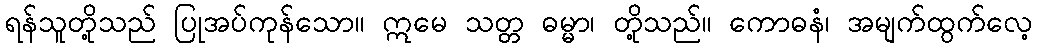
ရန်သူတို့သည် ပြုအပ်ကုန်သော။ ဣမေ သတ္တ ဓမ္မာ၊ တို့သည်။ ကောဓနံ၊ အမျက်ထွက်လေ့